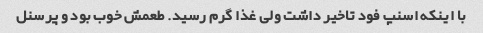
با اینکه اسنپ فود تاخیر داشت ولی غذا گرم رسید. طعمش خوب بود و پرسنل